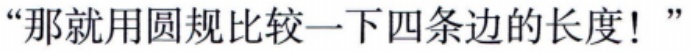
“那就用圆规比较一下四条边的长度！”